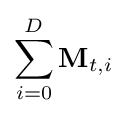
\sum _{i=0}^{D}\mathbf {M} _{t,i}